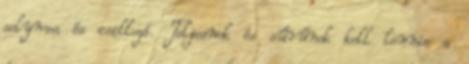
selymes és csillogó. Teljesnek és sűrűnek kell lennie a